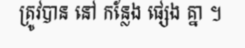
ត្រូវបាន នៅ កន្លែង ផ្សេង គ្នា ។